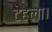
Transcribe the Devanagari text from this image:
टहला।